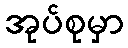
အုပ်စုမှာ